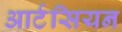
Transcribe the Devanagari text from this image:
आर्टसियन